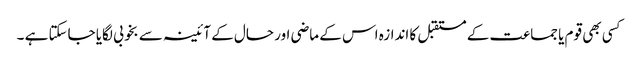
کسی بھی قوم یا جماعت کے مستقبل کا اندازہ اس کے ماضی اور حال کے آئینہ سے بخوبی لگایا جاسکتا ہے ۔